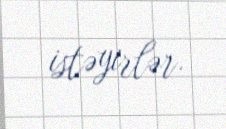
istəyirlər.